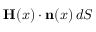
\mathbf { H } ( x ) \cdot \mathbf { n } ( x ) \, d S